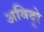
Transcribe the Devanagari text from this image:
अविदूरे